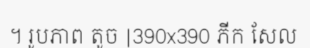
។ រូបភាព តូច |390x390 ភីក សែល